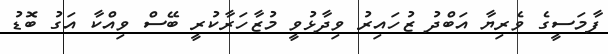
ފާމަސީގެ ވެރިޔާ އަބްދު ޒުހައިރު ވިދާޅުވީ މުޒާހަރާކުރީ ބޭސް ވިއްކާ އަގު ބޮޑު